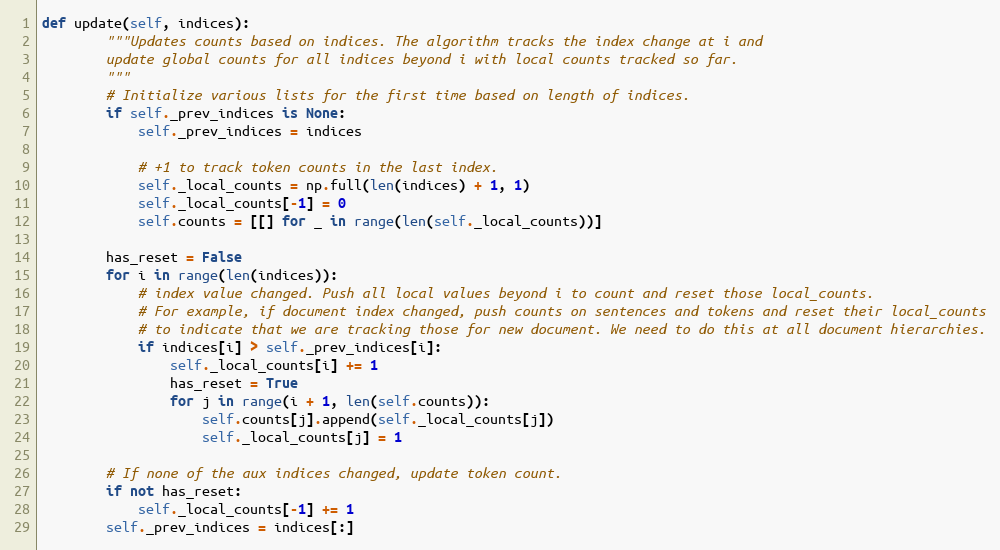
Language: Python
def update(self, indices):
        """Updates counts based on indices. The algorithm tracks the index change at i and
        update global counts for all indices beyond i with local counts tracked so far.
        """
        # Initialize various lists for the first time based on length of indices.
        if self._prev_indices is None:
            self._prev_indices = indices

            # +1 to track token counts in the last index.
            self._local_counts = np.full(len(indices) + 1, 1)
            self._local_counts[-1] = 0
            self.counts = [[] for _ in range(len(self._local_counts))]

        has_reset = False
        for i in range(len(indices)):
            # index value changed. Push all local values beyond i to count and reset those local_counts.
            # For example, if document index changed, push counts on sentences and tokens and reset their local_counts
            # to indicate that we are tracking those for new document. We need to do this at all document hierarchies.
            if indices[i] > self._prev_indices[i]:
                self._local_counts[i] += 1
                has_reset = True
                for j in range(i + 1, len(self.counts)):
                    self.counts[j].append(self._local_counts[j])
                    self._local_counts[j] = 1

        # If none of the aux indices changed, update token count.
        if not has_reset:
            self._local_counts[-1] += 1
        self._prev_indices = indices[:]